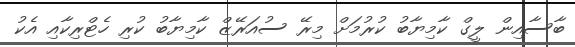
ބާސާއިން ލީގް ކާމިޔާބު ކުރުމަށް މިރޭ ސުއަރޭޒް ކާމިޔާބު ކުރި ހެޓްރިކާއި އެކު